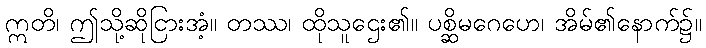
ဣတိ၊ ဤသို့ဆိုငြားအံ့။ တဿ၊ ထိုသူဌေး၏။ ပစ္ဆိမဂေဟေ၊ အိမ်၏နောက်၌။